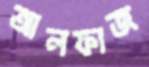
আলফাজ